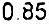
0.85